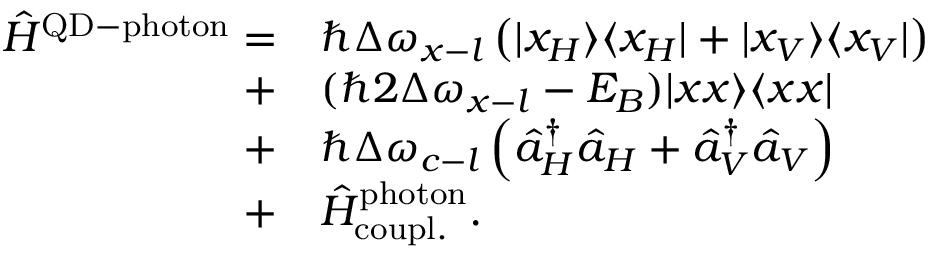
\begin{array} { r l } { \hat { H } ^ { \mathrm { Q D - p h o t o n } } = } & { \hbar \Delta \omega _ { x - l } \left( \vert x _ { H } \rangle \langle x _ { H } \vert + \vert x _ { V } \rangle \langle x _ { V } \vert \right) } \\ { + } & { ( \hbar 2 \Delta \omega _ { x - l } - E _ { B } ) \vert x x \rangle \langle x x \vert } \\ { + } & { \hbar \Delta \omega _ { c - l } \left( \hat { a } _ { H } ^ { \dagger } \hat { a } _ { H } + \hat { a } _ { V } ^ { \dagger } \hat { a } _ { V } \right) } \\ { + } & { \hat { H } _ { \mathrm { c o u p l . } } ^ { \mathrm { p h o t o n } } . } \end{array}